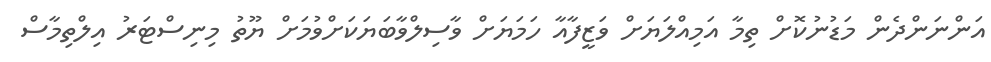
އަންނަންދެން މަޑުނުކޮށް ތިމާ އަމިއްލަޔަށް ވަޒީފާއާ ހަމަޔަށް ވާސިލްވާބަޔަކަށްވުމަށް ޔޫތު މިނިސްޓަރު އިލްތިމާސް